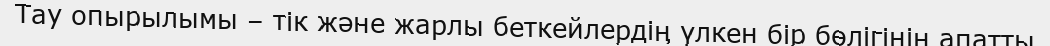
Тау опырылымы – тік және жарлы беткейлердің үлкен бір бөлігінің апатты